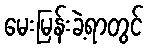
မေးမြန်းခဲ့ရာတွင်